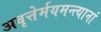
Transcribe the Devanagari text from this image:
अवृत्तेर्मयमन्त्यानां